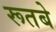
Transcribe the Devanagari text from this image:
रूतबे